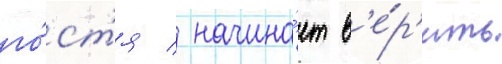
го́ст'я / начина́ет в'е́р'ить